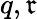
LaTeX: q,\mathfrak{r}